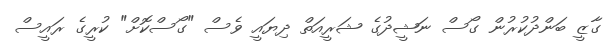
ގާޒީ ބަންދުކުރުން ގޯސް ނަޝީދުގެ ޝަރީއަތް ދިޔައީ ވެސް "ގޯސްކޮށް" ކުރީގެ ރައީސް